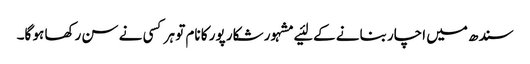
سندھ میں‌ اچار بنانے کے لئیے مشہور شکار پور کا نام تو ہر کسی نے سن رکھا ہو گا۔